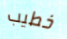
خطيب